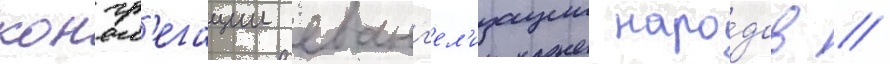
конгр'егации еванг'ел'изации наро́дов /